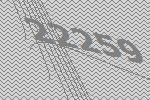
22259